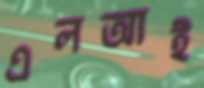
এলআই